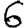
Digit: 6